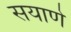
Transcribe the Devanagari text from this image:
सयाणे